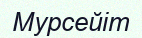
Мурсейіт